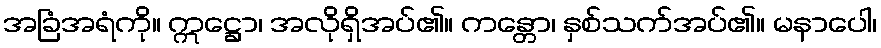
အခြံအရံကို။ ဣဋ္ဌော၊ အလိုရှိအပ်၏။ ကန္တော၊ နှစ်သက်အပ်၏။ မနာပေါ၊